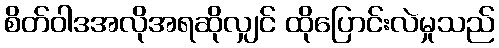
စိတ်ဝါဒအလိုအရဆိုလျှင် ထိုပြောင်းလဲမှုသည်